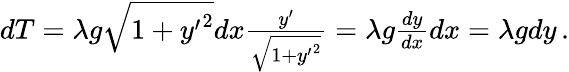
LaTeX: \begin{array}{r}{dT=\lambda g\sqrt{1+{y^{\prime}}^{2}}dx\frac{y^{\prime}}{\sqrt{1+{y^{\prime}}^{2}}}=\lambda g\frac{dy}{dx}dx=\lambda gdy\, .}\end{array}